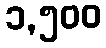
၁,၅၀၀